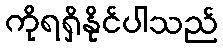
ကိုရရှိနိုင်ပါသည်